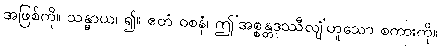
အဖြစ်ကို။ သန္ဓာယ၊ ၍။ ဧတံ ဝစနံ၊ ဤ’အစ္စန္တဒုဿီလျံ’ဟူသော စကားကို။